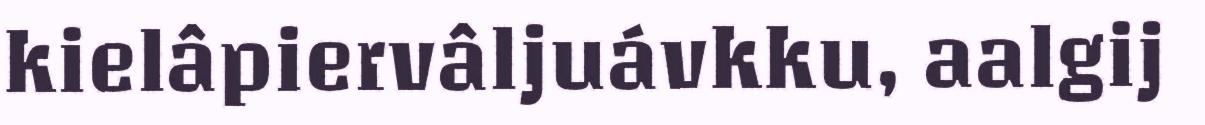
kielâpiervâljuávkku, aalgij